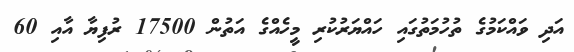
އަދި ވައްކަމުގެ ތުހުމަތުގައި ހައްޔަރުކުރި މީހެއްގެ އަތުން 17500 ރުފިޔާ އާއި 60